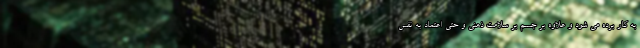
به کار برده می شود و علاوه بر جسم بر سلامت ذهنی و حتی اعتماد به نفس